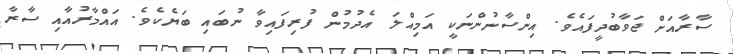
ސާރާއަށް ޖަވާބުދީފައެވެ. އިންސާނުންނަކީ އަމިއްލަ އެދުމުން ފުރިފައިވާ ނުބައި ބަޔެކެވެ. އައްމާރުއާއި ސާރާ